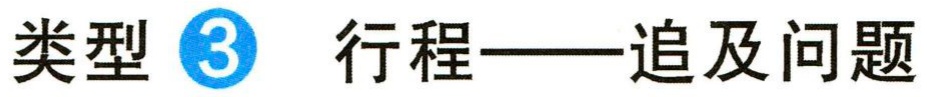
类型 \textcircled{3} 行程——追及问题